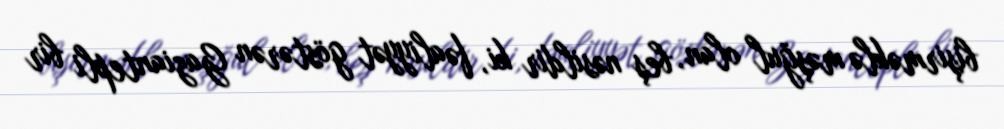
bişirməklə məşğul olan, beş nəsildir ki, fəaliyyət göstərən Gaziantepli bir